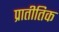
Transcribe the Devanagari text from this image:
प्रातीतिक